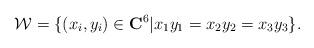
LaTeX: \begin{align*}{\cal W}=\{(x_i,y_i) \in {\bf C}^6 | x_1 y_1=x_2 y_2=x_3 y_3 \}.\end{align*}